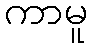
ကာမူ